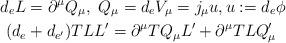
LaTeX: \begin{align*}& d_{e}L=\partial^{\mu}Q_{\mu},~Q_{\mu}=d_{e}V_{\mu}=j_{\mu}u,u:=d_{e}\phi \\& ~(d_{e}+d_{e^{\prime}})TLL^{\prime}=\partial^{\mu}TQ_{\mu}L^{\prime}+\partial^{\mu}TLQ_{\mu}^{\prime}\end{align*}